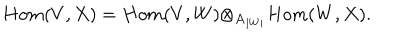
H o m ( V , X ) = H o m ( V , W ) { \otimes } _ { { \bf A } _ { | W | } } H o m ( W , X ) .